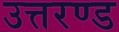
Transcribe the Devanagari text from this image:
उत्तरण्ड